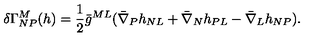
\delta \Gamma _ { N P } ^ { M } ( h ) = { \frac { 1 } { 2 } } \bar { g } ^ { M L } ( \bar { \nabla } _ { P } h _ { N L } + \bar { \nabla } _ { N } h _ { P L } - \bar { \nabla } _ { L } h _ { N P } ) .